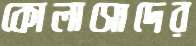
কোলাসোদের